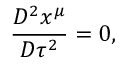
\frac { D ^ { 2 } x ^ { \mu } } { D \tau ^ { 2 } } = 0 ,